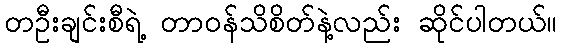
တဦးချင်းစီရဲ့ တာဝန်သိစိတ်နဲ့လည်း ဆိုင်ပါတယ်။